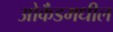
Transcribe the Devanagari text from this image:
ओकॅंडमधील